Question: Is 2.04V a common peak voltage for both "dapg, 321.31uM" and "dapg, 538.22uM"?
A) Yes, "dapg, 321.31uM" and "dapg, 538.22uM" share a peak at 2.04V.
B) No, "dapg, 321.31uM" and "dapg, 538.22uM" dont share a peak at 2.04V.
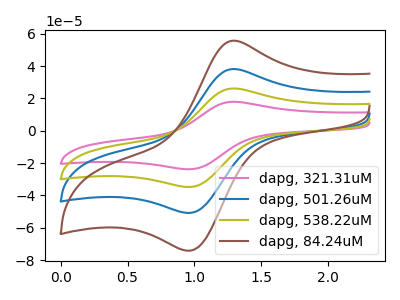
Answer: <think>The pink curve "dapg, 321.31uM" has an anodic peak at (1.30V, 17.90uA) and a cathodic peak at (0.95V, -23.85uA). The blue curve "dapg, 501.26uM" has an anodic peak at (1.30V, 52.20uA) and a cathodic peak at (0.95V, -69.65uA). The olive curve "dapg, 538.22uM" has an anodic peak at (1.30V, 26.10uA) and a cathodic peak at (0.95V, -34.85uA). The brown curve "dapg, 84.24uM" has an anodic peak at (1.30V, 78.30uA) and a cathodic peak at (0.95V, -104.50uA).</think>
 <answer>B) No, "dapg, 321.31uM" and "dapg, 538.22uM" dont share a peak at 2.04V.</answer>
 <eval>B</eval>